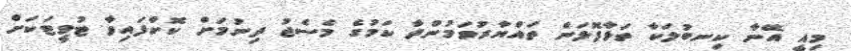
މިއީ އޭނާ ކިނބުލަކާ ތަޅާފޮޅަން ތައްޔާރުވަމުންދާ ކަމުގެ މެސެޖު ދިނުމަށް ކޮށްފައިވާ ޓުވީޓަކަށް